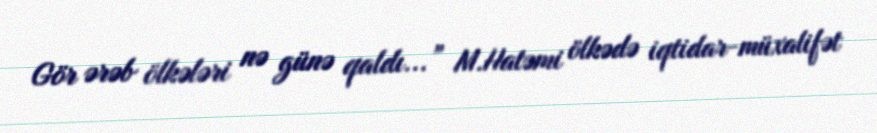
Gör ərəb ölkələri nə günə qaldı...” M.Hatəmi ölkədə iqtidar-müxalifət